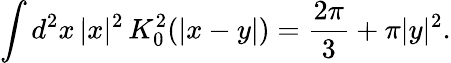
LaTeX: \int d^{2}x\, |x|^{2}\, K_{0}^{2}(|x-y|)=\frac{2\pi}{3}+\pi|y|^{2}.